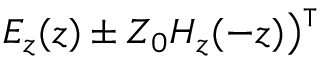
\left. E _ { z } ( z ) \pm Z _ { 0 } H _ { z } ( - z ) \right) ^ { \intercal }